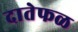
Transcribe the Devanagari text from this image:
दातेफळ